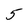
Character: 5